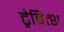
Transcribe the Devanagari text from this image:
ट्रेबित्श